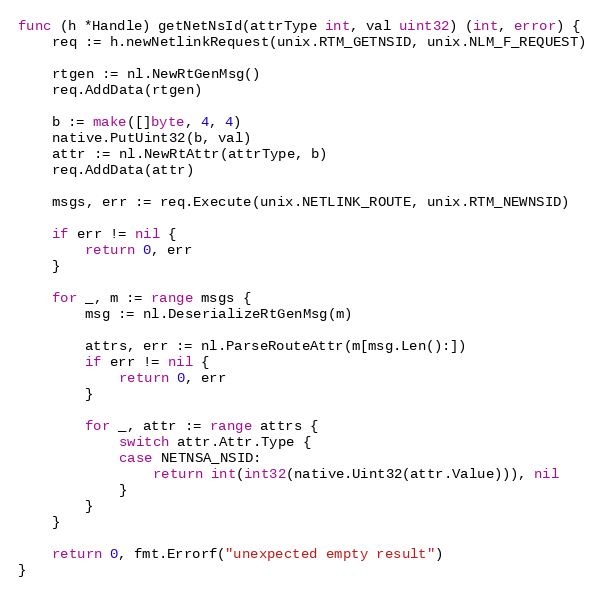
Language: Go
func (h *Handle) getNetNsId(attrType int, val uint32) (int, error) {
	req := h.newNetlinkRequest(unix.RTM_GETNSID, unix.NLM_F_REQUEST)

	rtgen := nl.NewRtGenMsg()
	req.AddData(rtgen)

	b := make([]byte, 4, 4)
	native.PutUint32(b, val)
	attr := nl.NewRtAttr(attrType, b)
	req.AddData(attr)

	msgs, err := req.Execute(unix.NETLINK_ROUTE, unix.RTM_NEWNSID)

	if err != nil {
		return 0, err
	}

	for _, m := range msgs {
		msg := nl.DeserializeRtGenMsg(m)

		attrs, err := nl.ParseRouteAttr(m[msg.Len():])
		if err != nil {
			return 0, err
		}

		for _, attr := range attrs {
			switch attr.Attr.Type {
			case NETNSA_NSID:
				return int(int32(native.Uint32(attr.Value))), nil
			}
		}
	}

	return 0, fmt.Errorf("unexpected empty result")
}